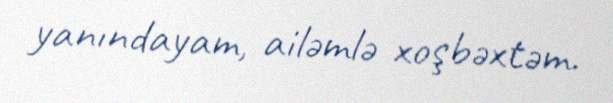
yanındayam, ailəmlə xoşbəxtəm.